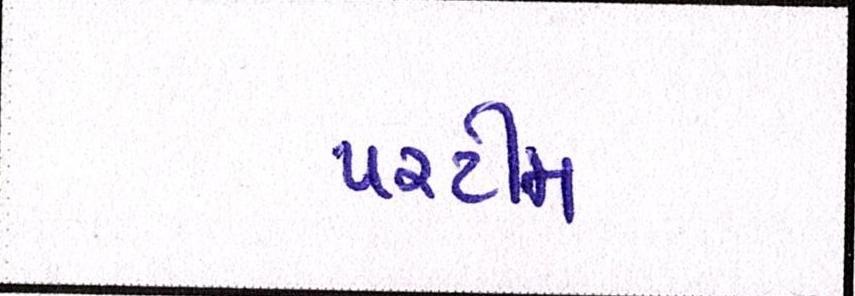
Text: પરટીમ